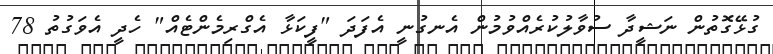
ގުޅޭގޮތުން ނަޝީދާ ސުވާލުކުރެއްވުމުން އެނގުނީ އެފަދަ "ފީކަޅާ އެގްރިމެންޓެއް" ހެދީ އެވަގުތު 78